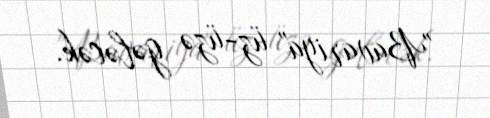
"Bavariya" üz-üzə gələcək.